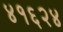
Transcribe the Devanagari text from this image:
४१६२४